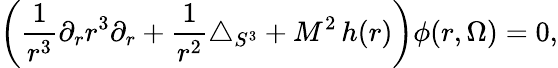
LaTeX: \left(\frac{1}{r^{3}}\partial_{r}r^{3}\partial_{r}+\frac{1}{r^{2}}\triangle_{S^{3}}+M^{2}\, h(r)\right)\phi(r,\Omega)=0,